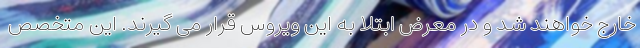
خارج خواهند شد و در معرض ابتلا به این ویروس قرار می گیرند. این متخصص